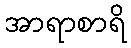
အာရာစာရိ